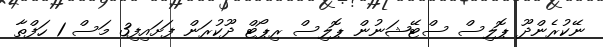
ނޭކުރެންދޫ ޕޮލިސް ސްޓޭޝަނުން ޕޮލިސް ރިޕޯޓް ދޫކުރަން ފަށައިފި3 މަސް 1 ހަފްތާ